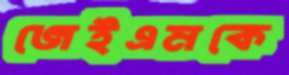
জেইএমকে